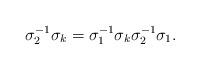
LaTeX: \begin{align*}\sigma_2^{-1} \sigma_k = \sigma_1^{-1} \sigma_k \sigma_2^{-1} \sigma_1.\end{align*}